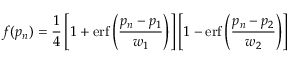
f ( p _ { n } ) = \frac { 1 } { 4 } \left[ 1 + \mathrm { e r f } \left( \frac { p _ { n } - p _ { 1 } } { w _ { 1 } } \right) \right] \left[ 1 - \mathrm { e r f } \left( \frac { p _ { n } - p _ { 2 } } { w _ { 2 } } \right) \right]